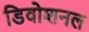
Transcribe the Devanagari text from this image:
डिवोशनल